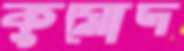
কুমোদ